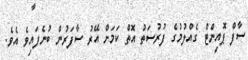
ސާފް ޕޮއިންޓް ގެއްލުމުގެ ފުރުސަތު އޮތް ކަމަށް އޭރު ސާފަރުން ބުނެފައިވެ އެވެ.